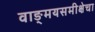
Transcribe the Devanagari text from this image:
वाङ्‌मयसमीक्षेचा